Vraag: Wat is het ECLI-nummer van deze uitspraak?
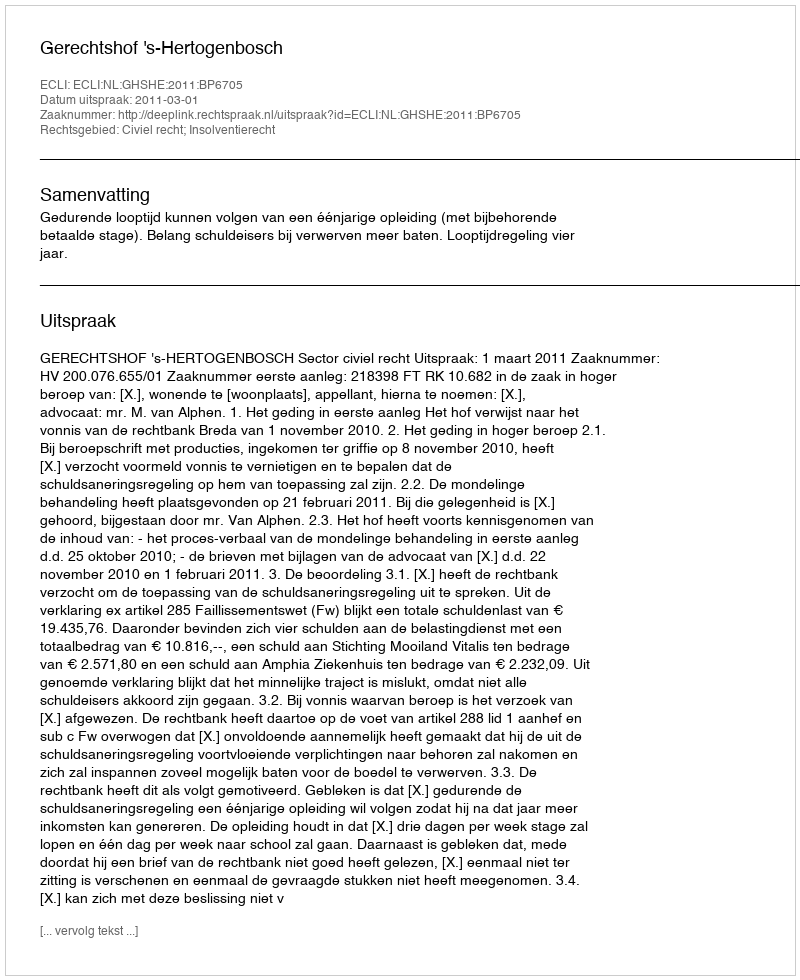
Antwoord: ECLI:NL:GHSHE:2011:BP6705